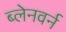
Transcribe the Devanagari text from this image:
ब्लेनवर्न